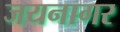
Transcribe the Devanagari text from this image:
जयनागर